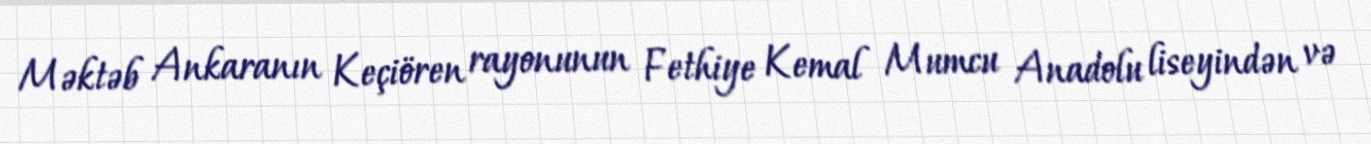
Məktəb Ankaranın Keçiören rayonunun Fethiye Kemal Mumcu Anadolu liseyindən və